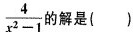
$$ 的 $$\frac{4}{x^{2}-1}$$ 解是( )